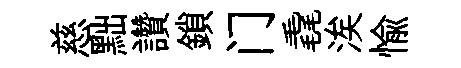
慈黜讚鎖门毳涘愉